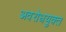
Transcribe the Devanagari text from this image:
अवरोधयुक्त